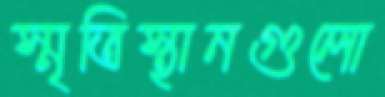
স্মৃতিস্থানগুলো